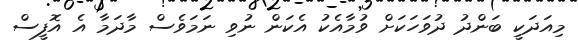
މިއަދަކީ ބަންދު ދުވަހަކަށް ވުމާއެކު އެކަން ނުވި ނަމަވެސް މާދަމާ އެ އޮފީސް